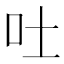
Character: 吐